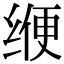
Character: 缏